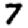
Digit: 7